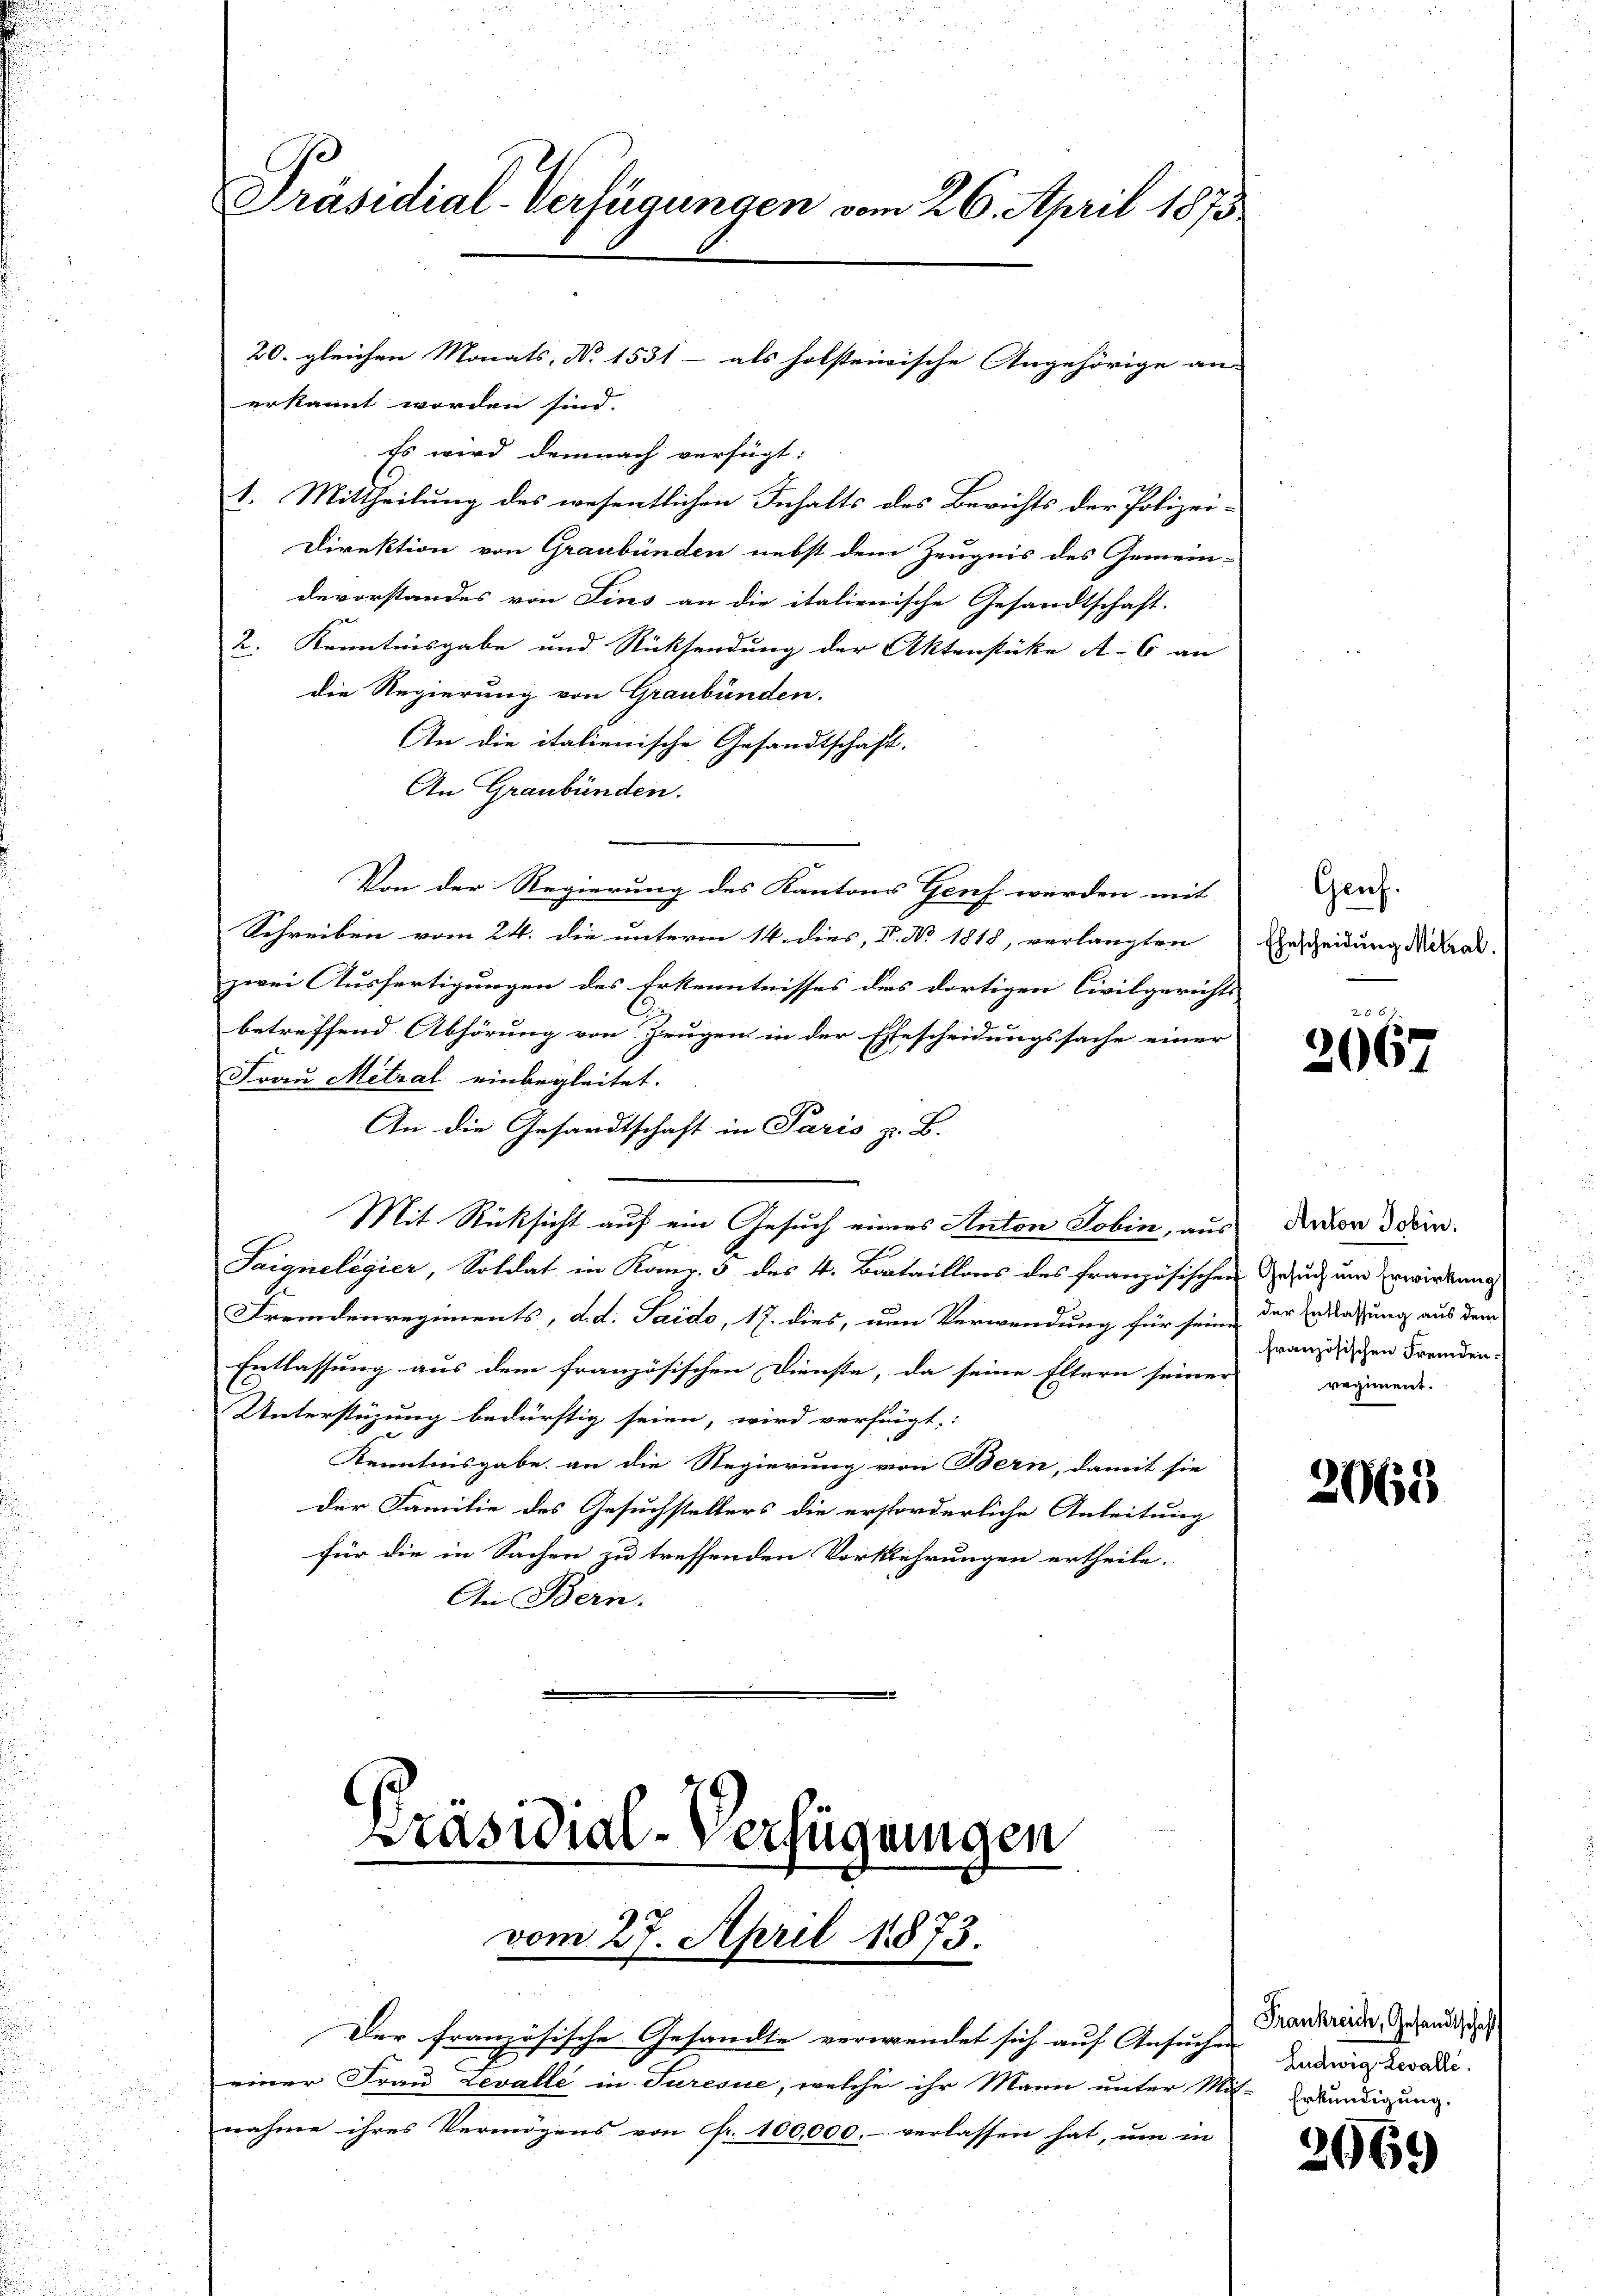
Es wird demnach verfügt:
1. Mittheilung des wesentlichen Inhalts des Berichts der Polizei¬
Direktion von Graubünden nebst dem Zeugnis des Gemein-
devorstandes von Fins an die italienische Gesandtschaft.
2. Kenntnisgabe und Rücksendung der Aktenstücke A. 6 an
Die Regierung von Graubünden.
An die italienische Gesandtschaft.
An Graubünden.
Von der Regierung des Kantons Genf werden mit
Schreiben vom 24. die unterm 14. dies, V. No 1818, verlangten Erscheidung ideal
zwei Ausfertigungen des Erkenntnisses des dortigen Civilgerichts
betreffend Abhörung von Zeugen in der Ehescheidungssache einer
Frau Metral einbegleitet.
An die Gesandtschaft in Paris z. B.
Mit Rücksicht auf ein Gesuch eines Anton Jobin, aus Anton dein
Saigneligier, Soldat in Kanz. 5 des 4. Bataillons des französischen Gesuch um Erwirkung
Fremdenregiments, d. d. Saide, 17. dies, um Verwendung für seine der Entlassung aus dem
Entlassung aus dem französischen Dienste, da seine Eltern seiner regimend.
Unterstüzung bedürftig seien, wird verfügt:
Kenntnisgabe an die Regierung von Bern, damit sie
der Familie des Gesuchstellers die erstorderliche Anleitung
für die in Sachen zu treffenden Vorkehrungen ertheile.
An Bern.

Präsidial-Verfügungen vom 26. April 1873
20. gleichen Monats, No 1531 - als holsteirische Angehörige an-
erkannt worden sind.

Der französische Gesandte verwendet sich auf Ansuche Ludwig geradie.
einer Frau Levalle in Turcsue, welche ihr Mann unter Mit-Erkundigung.
nahme ihres Vermögens von Fr. 100,000.- verlassen hat, um in

Präsidial-Verfügungen
vom 27. April 1873.

Genf.

20
2067

französischen Fremden:

2063

Frankreich, Gesandtschaft

2069